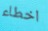
اخطاء